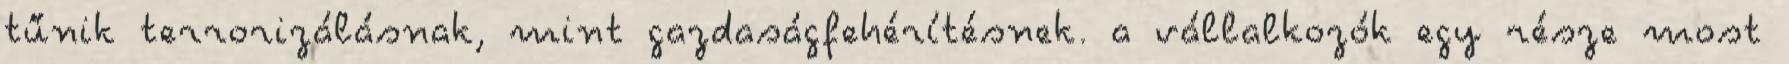
tűnik terrorizálásnak, mint gazdaságfehérítésnek. a vállalkozók egy része most